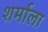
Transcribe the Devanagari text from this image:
शर्माला